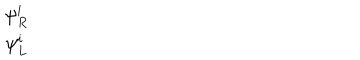
\begin{array} { c } { { \psi _ { R } ^ { i } } } \\ { { \psi _ { L } ^ { i } } } \\ \end{array}